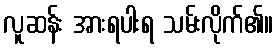
လူဆန်း အားရပါးရ သမ်းလိုက်၏။